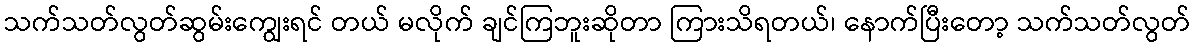
သက်သတ်လွတ်ဆွမ်းကျွေးရင် တယ် မလိုက် ချင်ကြဘူးဆိုတာ ကြားသိရတယ်၊ နောက်ပြီးတော့ သက်သတ်လွတ်